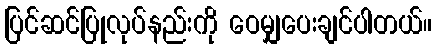
ပြင်ဆင်ပြုလုပ်နည်းကို ဝေမျှပေးချင်ပါတယ်။